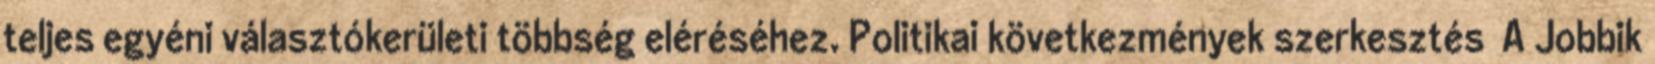
teljes egyéni választókerületi többség eléréséhez. Politikai következmények szerkesztés A Jobbik